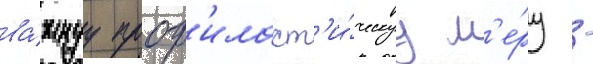
ва́жнуу проф'илакт'и́ческуу м'е́ру -